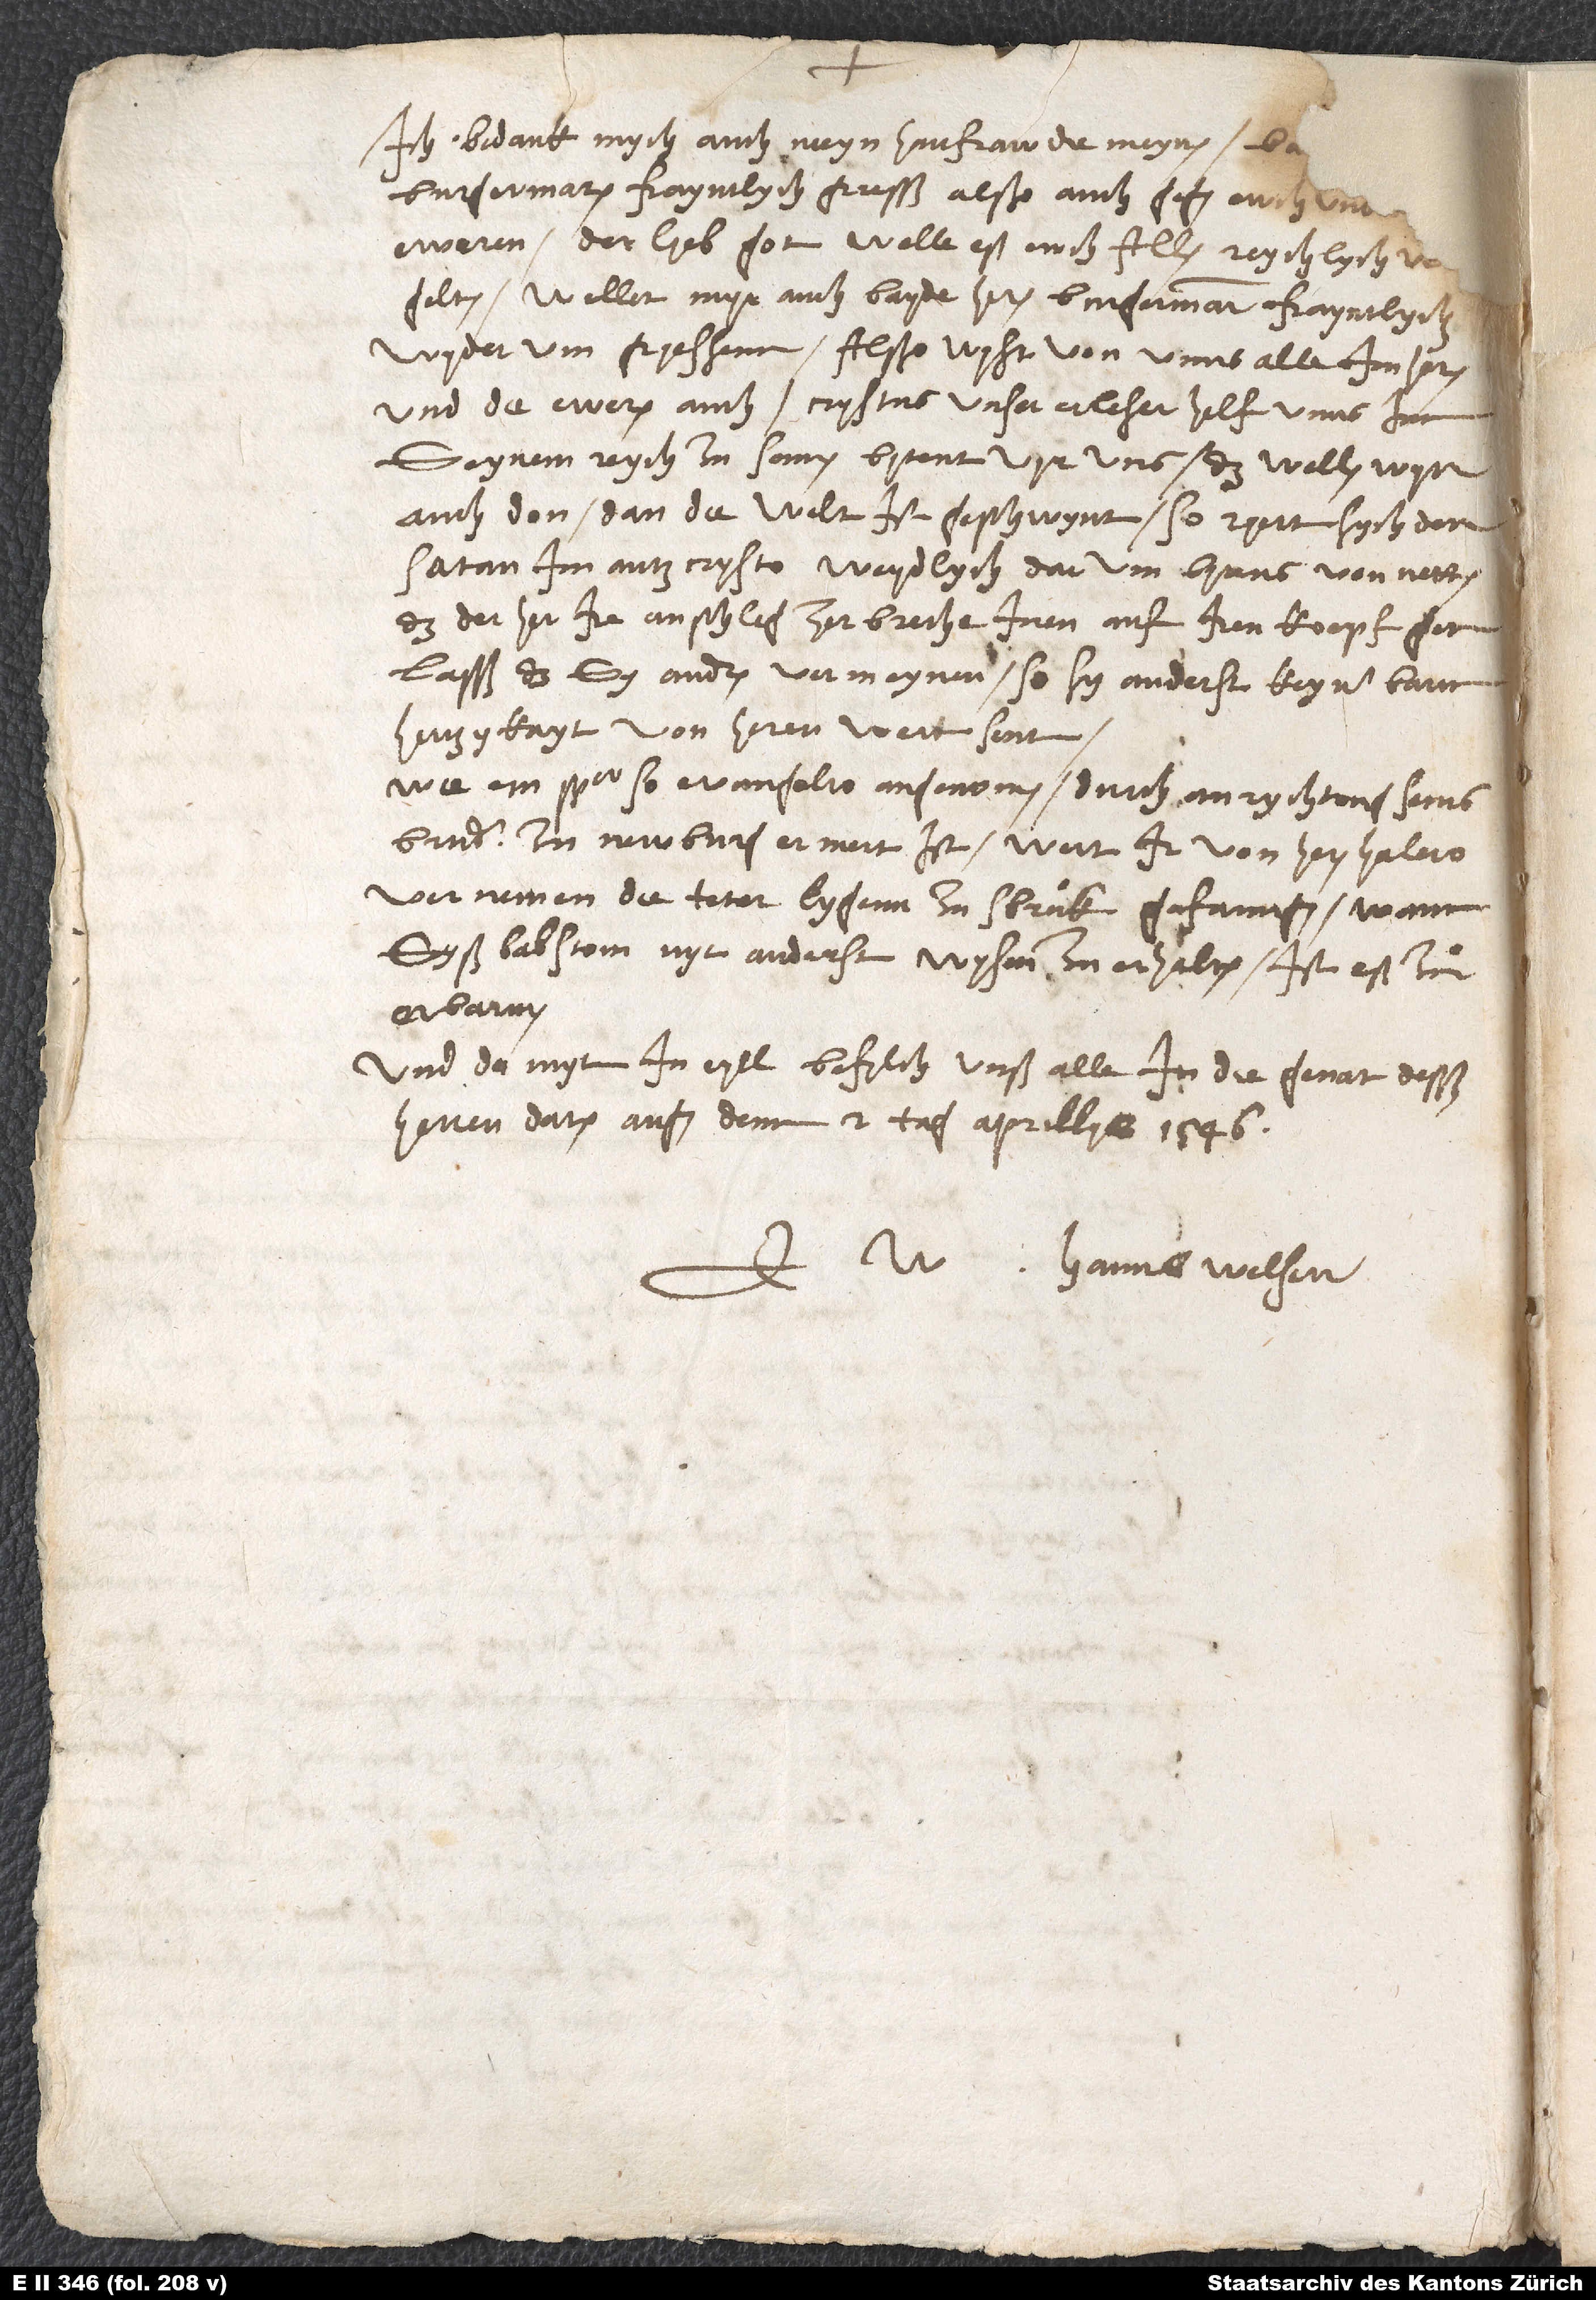
Ich bedank mych, auch meyn hausfrau, des m eynen
bagelten. Wellet myr auch bayde heren burgermaister frayntlych
wyderum gryessenn. Alßo wyst von unns alle im heren
und die eweren auch. Crystus, unser erleser, helf unns inn
seynem reych zusamen! Bytent vyr uns; das wellen wyr
auch don. Dan die welt ist geschwynt; so ryert sich der
satan im anticrysto weydlych. Darum bytens von netten,
das der her ire anschleg zerbreche, inen auf iren koepf gen
lasß, das sy andren vermeynen, so sy anderst keyner
barmhertzykayt von heren wert sent.
Wie ein Spanger, so evangelio angenomen, durch anrychtong seins
bruder zu Newburg ermert ist, wert ir von heren Halero
vernemen. Die teter lygenn zu Sbruck gefanngen. Wann
syß babstom nyt anderst wysen zu erhalten, ist eß zu
Und damyt in eyll befylch unß alle in die genat desß
herren. Datum Augsburg, denn 2. tag aprillys 1546.
Hanns Welser.